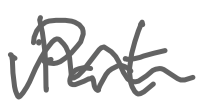
Text: Part
Cross-out: wave
Writing tool: digital_gray